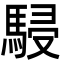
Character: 駸